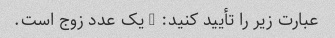
عبارت زیر را تأیید کنید: 8 یک عدد زوج است.